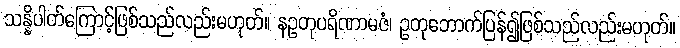
သန္နိပါတ်ကြောင့်ဖြစ်သည်လည်းမဟုတ်။ နဥတုပရိဏာမဇံ၊ ဥတုဘောက်ပြန်၍ဖြစ်သည်လည်းမဟုတ်။